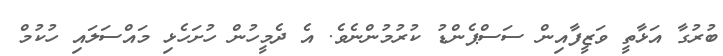
ބުރުގާ އަޅާތީ ވަޒީފާއިން ސަސްޕެންޑު ކުރުމުންނެވެ. އެ ދެމީހުން ހުށަހެޅި މައްސަލައި ހުކުމް